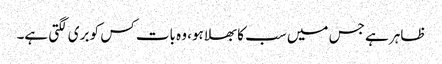
ظاہر ہے جس میں سب کا بھلا ہو، وہ بات کس کو بری لگتی ہے۔